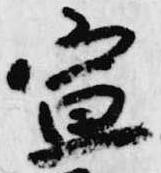
宣